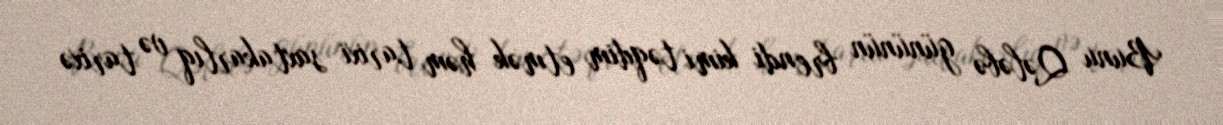
Bunu Qələbə gününün brendi kimi təqdim etmək həm tarixi saxtakarlıq və tarixə